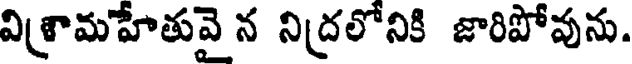
విశ్రామహేతువై న నిద్రలోనికి జారిపోవును.